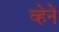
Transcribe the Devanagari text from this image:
व्हेने